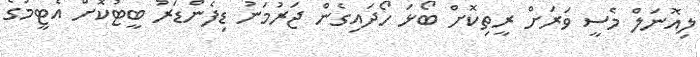
ލިއޮނަލް މެސީ ވަރަށް ރީތިކޮށް ބޯޅަ ހޯދައިގެން ޖަރުމަނު ޑިފެންޑަރު ބީޓުކޮށް އެޓީމުގެ